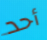
أحد